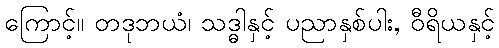
ကြောင့်။ တဒုဘယံ၊ သဒ္ဓါနှင့် ပညာနှစ်ပါး, ဝီရိယနှင့်